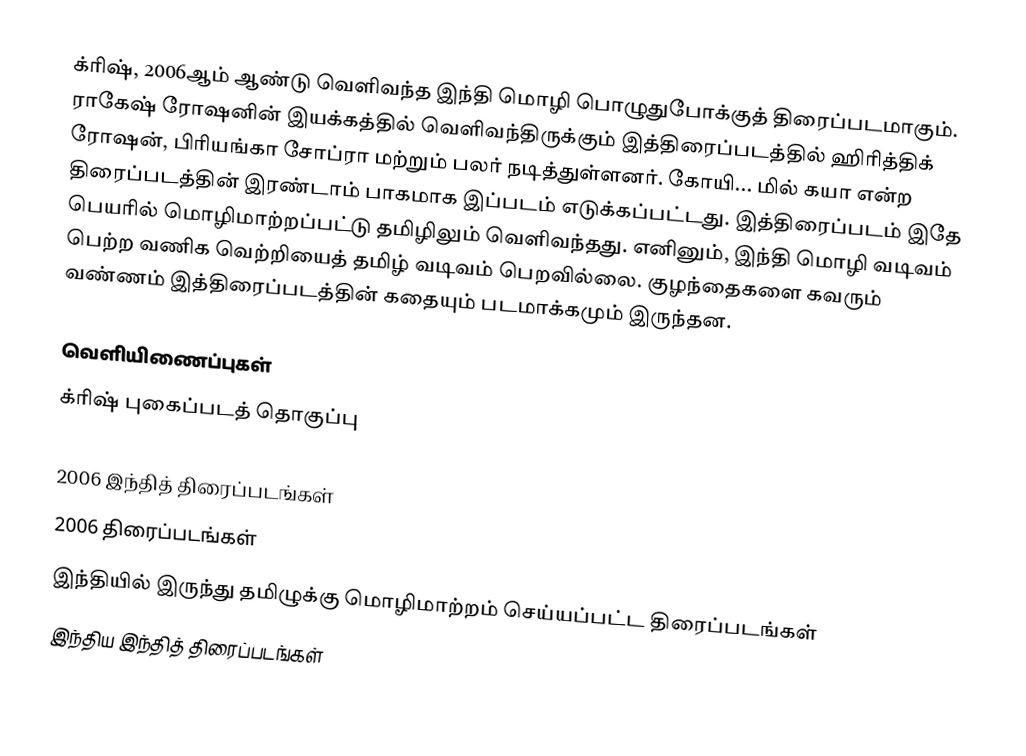
க்ரிஷ், 2006ஆம் ஆண்டு வெளிவந்த இந்தி மொழி பொழுதுபோக்குத் திரைப்படமாகும். ராகேஷ் ரோஷனின் இயக்கத்தில் வெளிவந்திருக்கும் இத்திரைப்படத்தில் ஹிரித்திக் ரோஷன், பிரியங்கா சோப்ரா மற்றும் பலர் நடித்துள்ளனர். கோயி... மில் கயா என்ற திரைப்படத்தின் இரண்டாம் பாகமாக இப்படம் எடுக்கப்பட்டது. இத்திரைப்படம் இதே பெயரில் மொழிமாற்றப்பட்டு தமிழிலும் வெளிவந்தது. எனினும், இந்தி மொழி வடிவம் பெற்ற வணிக வெற்றியைத் தமிழ் வடிவம் பெறவில்லை. குழந்தைகளை கவரும் வண்ணம் இத்திரைப்படத்தின் கதையும் படமாக்கமும் இருந்தன.

வெளியிணைப்புகள்
 க்ரிஷ் புகைப்படத் தொகுப்பு

2006 இந்தித் திரைப்படங்கள்
2006 திரைப்படங்கள்
இந்தியில் இருந்து தமிழுக்கு மொழிமாற்றம் செய்யப்பட்ட திரைப்படங்கள்
இந்திய இந்தித் திரைப்படங்கள்